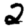
Digit: 2